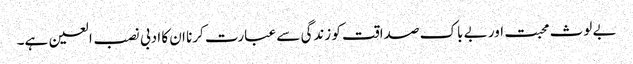
بے لوث محبت اور بے باک صداقت کو زندگی سے عبارت کرنا ان کا ادبی نصب العین ہے۔